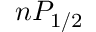
n P _ { 1 / 2 }